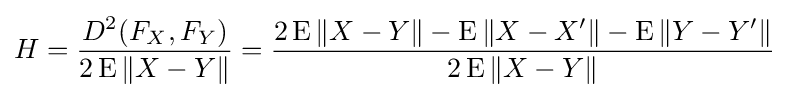
H={\frac {D^{2}(F_{X},F_{Y})}{2\operatorname {\operatorname {E} } \|X-Y\|}}={\frac {2\operatorname {E} \|X-Y\|-\operatorname {E} \|X-X'\|-\operatorname {E} \|Y-Y'\|}{2\operatorname {\operatorname {E} } \|X-Y\|}}